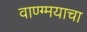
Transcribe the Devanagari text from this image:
वाण्ग्मयाचा